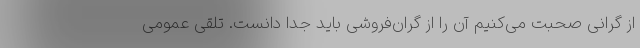
از گرانی صحبت می‌کنیم آن را از گران‌فروشی باید جدا دانست. تلقی عمومی